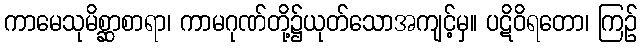
ကာမေသုမိစ္ဆာစာရာ၊ ကာမဂုဏ်တို့၌ယုတ်သောအကျင့်မှ။ ပဋိဝိရတော၊ ကြဉ်